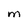
Character: m